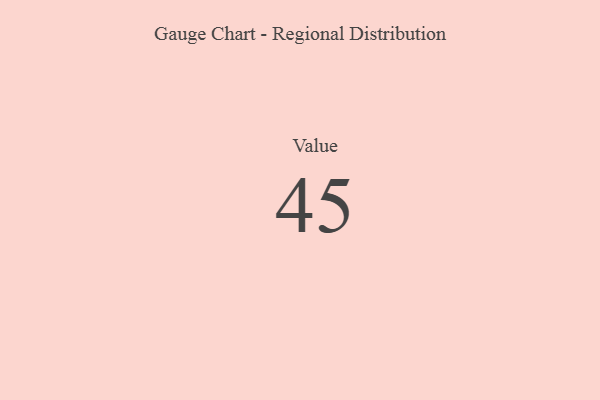
{"axis": {"x": "Metric", "y": "Value"}, "legend": [""], "data": [{"x": "Value", "y": 45, "type": ""}]}